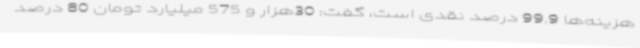
هزینه‌ها 99.9 درصد نقدی است، گفت: 30هزار و 575 میلیارد تومان 80 درصد